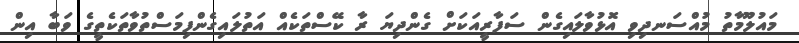
މައުލޫމާތު މުއްސަނދިވި އޮޅުވާލައިގެން ސަފާރީއަކަށް ގެންދިޔަ ރާ ކޭސްތަކެއް އަތުލައިގެންފިމަސްތުވާތަކެތީގެ ވަބާ އިން